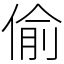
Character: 偷